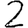
Digit: 2